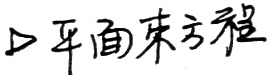
平面束方程